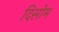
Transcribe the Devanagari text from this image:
दिसोम